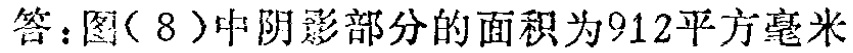
答：图（8）中阴影部分的面积为912平方毫米